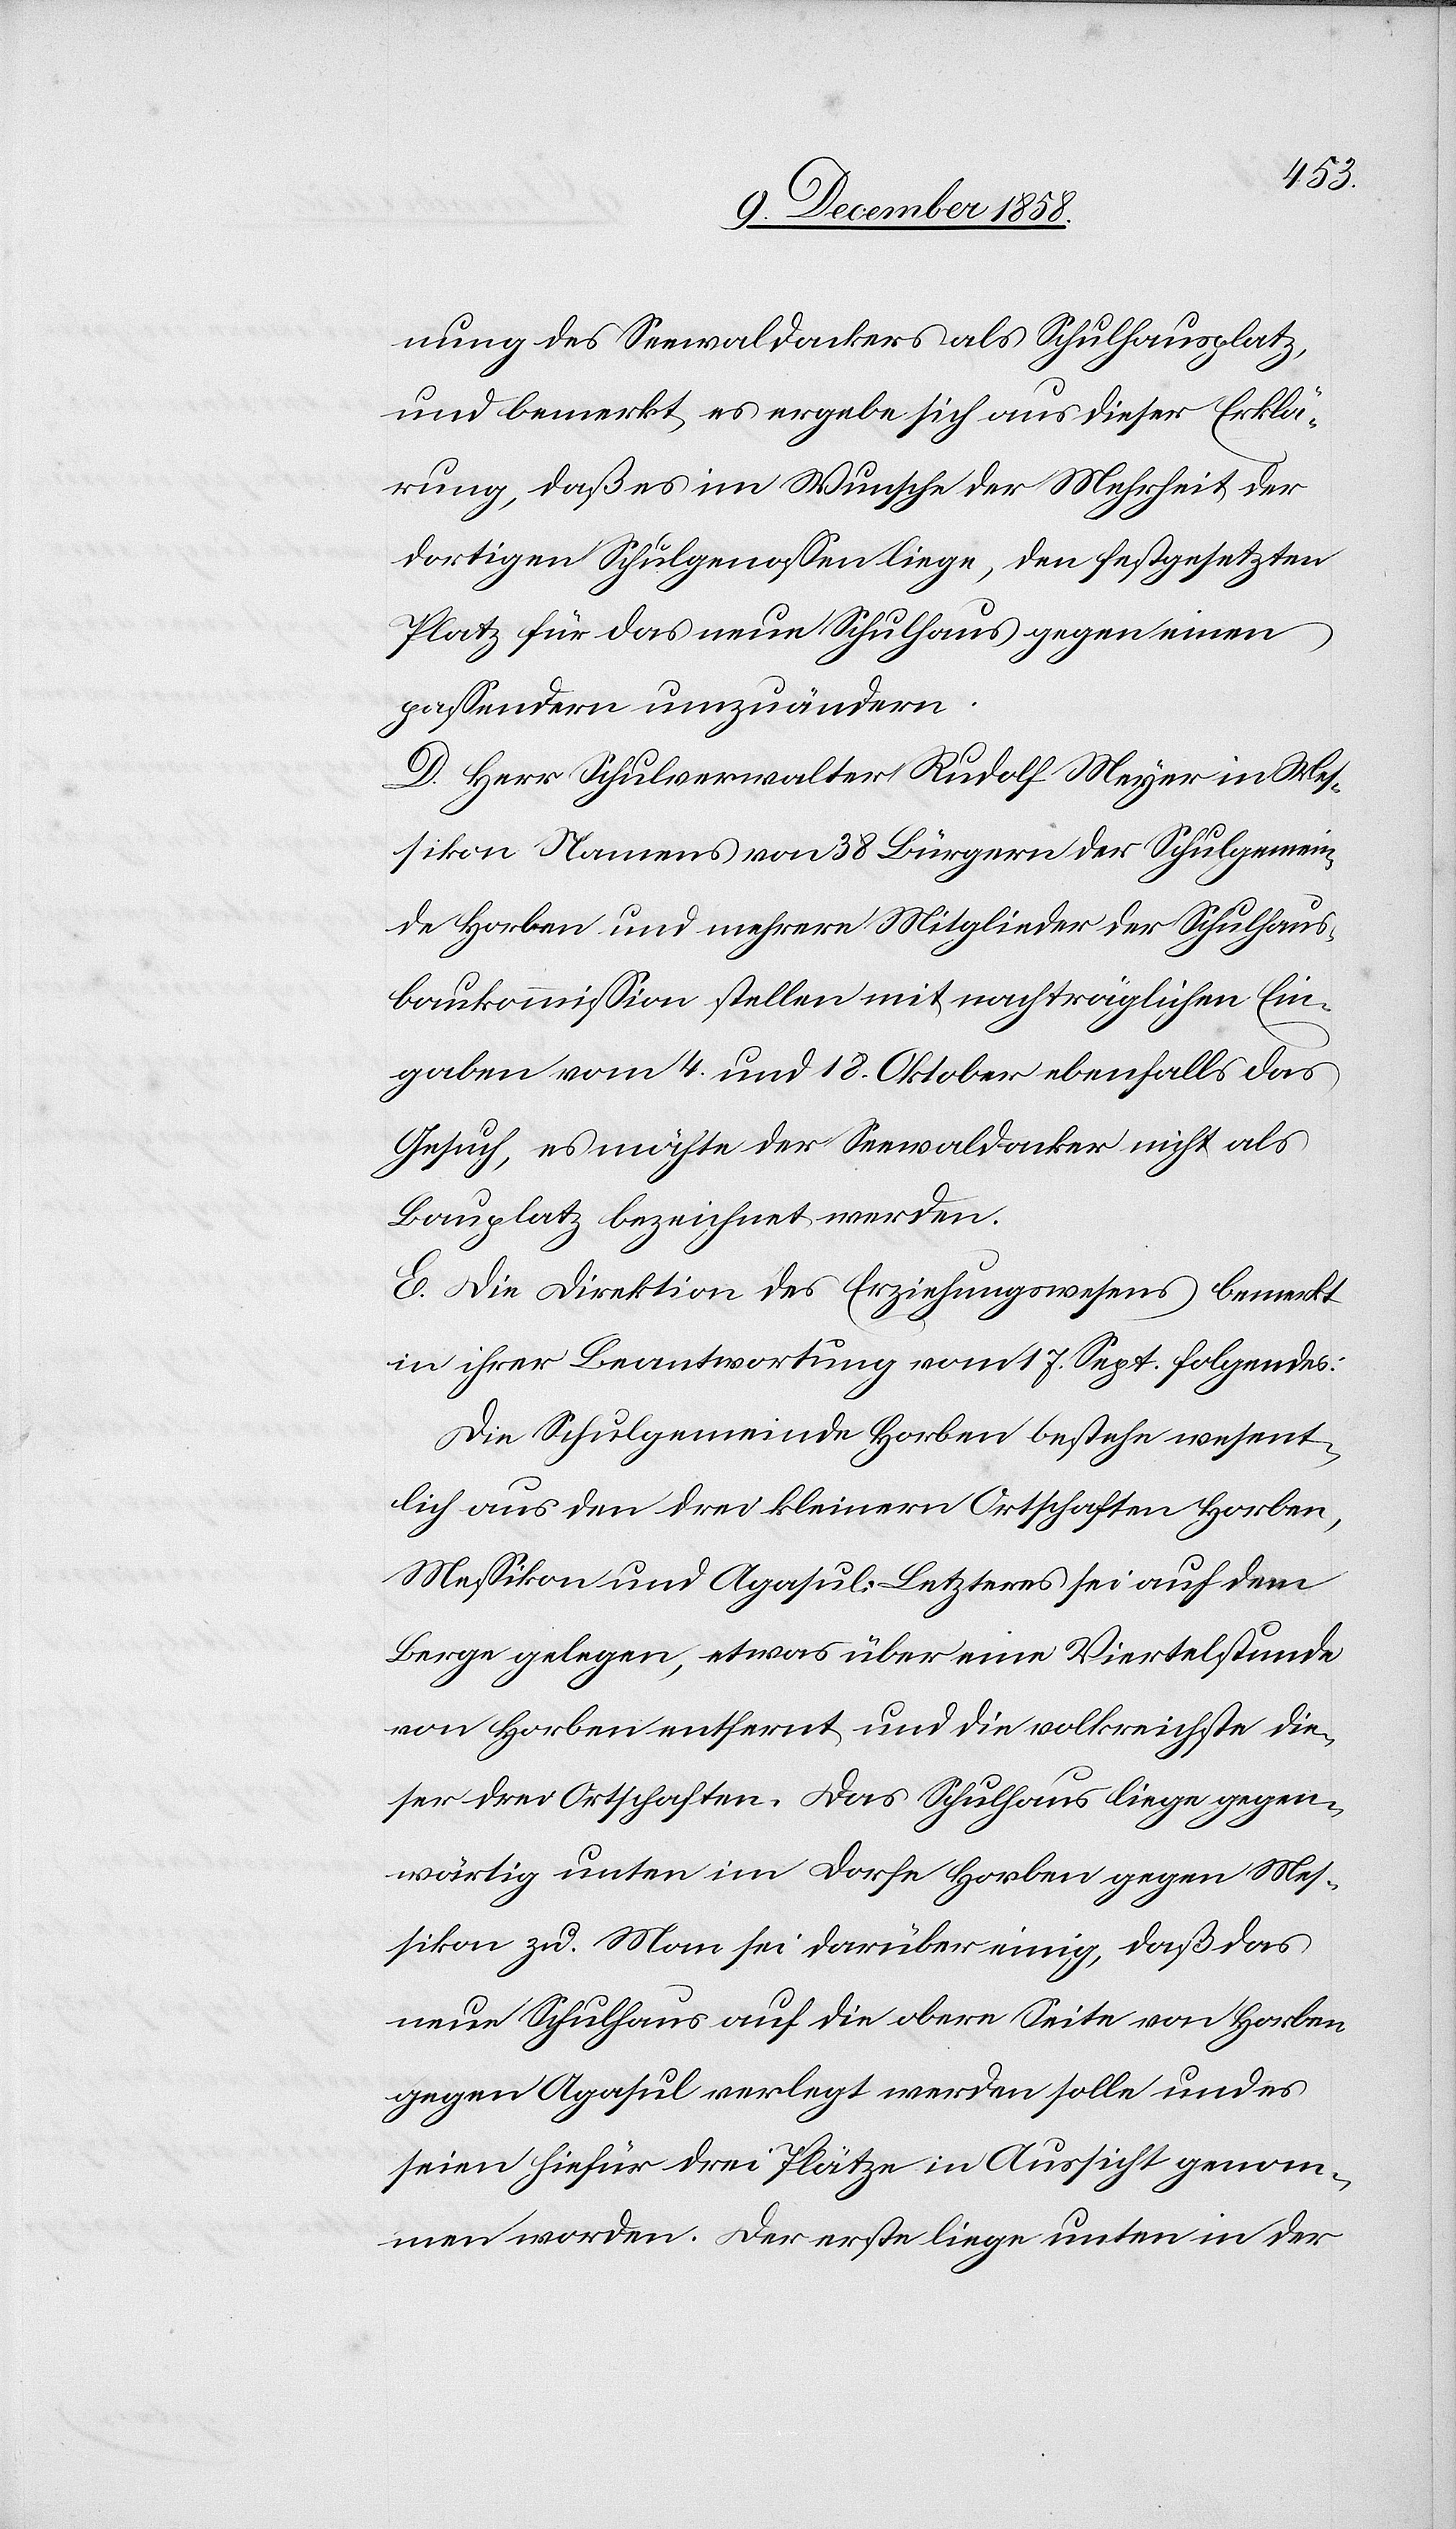
nung des Seewaldackers als Schulhausplatz,
und bemerkt, es ergebe sich aus dieser Erklä¬
rung, daß es im Wunsche der Mehrheit der
dortigen Schulgenossen liege, den festgesetzten
Platz für das neue Schulhaus gegen einen
passendern umzuändern.
D. Herr Schulverwalter Rudolf Meyer in Mes¬
sikon Namens von 38 Bürgern der Schulgemein¬
de Horben und mehrere Mitglieder der Schulhaus¬
baukommission stellen mit nachträglichen Ein¬
gaben vom 4. und 18. Oktober ebenfalls das
Gesuch, es möchte der Seewaldacker nicht als
Bauplatz bezeichnet werden.
E. Die Direktion des Erziehungswesens bemerkt
in ihrer Beantwortung vom 17. Sept. folgendes:
Die Schulgemeinde Horben bestehe wesent¬
lich aus den drei kleinern Ortschaften Horben,
Messikon und Agasul. Letzteres sei auf dem
Berge gelegen, etwas über eine Viertelstunde
von Horben entfernt, und die volkreichste die¬
ser drei Ortschaften. Das Schulhaus liege gegen¬
wärtig unten im Dorfe Horben gegen Mes¬
sikon zu. Man sei darüber einig, daß das
neue Schulhaus auf die obere Seite von Horben
gegen Agasul verlegt werden solle und es
seien hiefür drei Plätze in Aussicht genom¬
men worden. Der erste liege unten in der